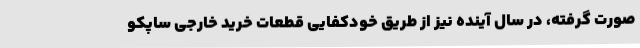
صورت گرفته، در سال آینده نیز از طریق خودکفایی قطعات خرید خارجی ساپکو